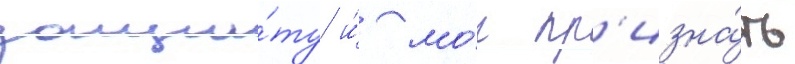
защи́ту и́ мо́г пр'изна́ть